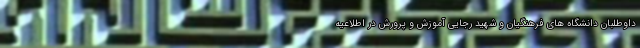
داوطلبان دانشگاه های فرهنگیان و شهید رجایی آموزش و پرورش در اطلاعیه